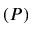
( P )